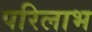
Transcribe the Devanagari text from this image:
परिलाभ